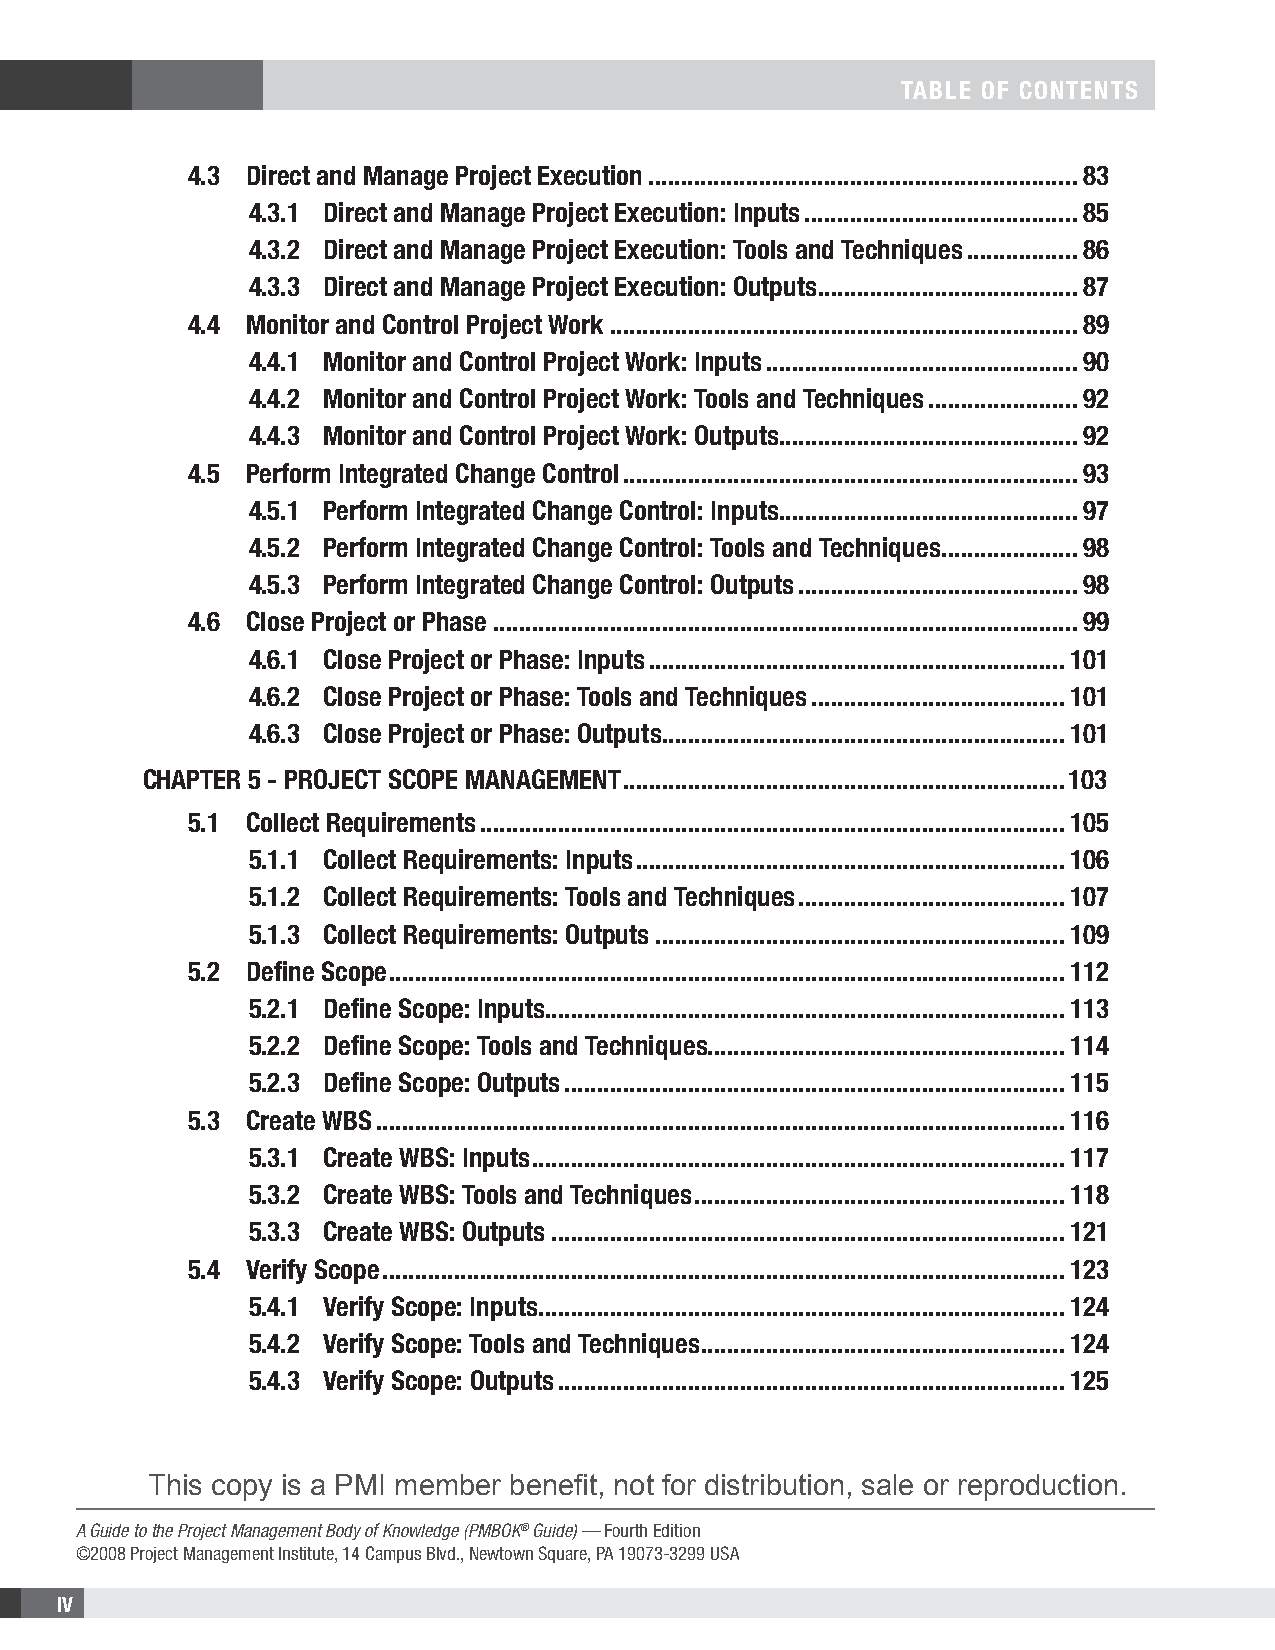
taBLe of contentS
 4.3 direct and Manage Project execution ..................................................................83
 4.3.1 direct and Manage Project execution: Inputs ..........................................85
 4.3.2 direct and Manage Project execution: tools and techniques .................86
 4.3.3 direct and Manage Project execution: outputs ........................................87
 4.4 Monitor and control Project work ........................................................................89
 4.4.1 Monitor and control Project work: Inputs ................................................90
 4.4.2 Monitor and control Project work: tools and techniques .......................92
 4.4.3 Monitor and control Project work: outputs ..............................................92
 4.5 Perform Integrated change control ......................................................................93
 4.5.1 Perform Integrated change control: Inputs ..............................................97
 4.5.2 Perform Integrated change control: tools and techniques .....................98
 4.5.3 Perform Integrated change control: outputs ...........................................98
 4.6 close Project or Phase ..........................................................................................99
 4.6.1 close Project or Phase: Inputs ................................................................101
 4.6.2 close Project or Phase: tools and techniques .......................................101
 4.6.3 close Project or Phase: outputs ..............................................................101
 chaPter 5 - Project ScoPe ManageMent ....................................................................103
 5.1 collect requirements ..........................................................................................105
 5.1.1 collect requirements: Inputs ..................................................................106
 5.1.2 collect requirements: tools and techniques .........................................107
 5.1.3 collect requirements: outputs ...............................................................109
 5.2 define Scope ........................................................................................................112
 5.2.1 define Scope: Inputs ................................................................................113
 5.2.2 define Scope: tools and techniques .......................................................114
 5.2.3 define Scope: outputs .............................................................................115
 5.3 create wBS ..........................................................................................................116
 5.3.1 create wBS: Inputs ..................................................................................117
 5.3.2 create wBS: tools and techniques .........................................................118
 5.3.3 create wBS: outputs ...............................................................................121
 5.4 Verify Scope .........................................................................................................123
 5.4.1 Verify Scope: Inputs .................................................................................124
 5.4.2 Verify Scope: tools and techniques ........................................................124
 5.4.3 Verify Scope: outputs ..............................................................................125
 This copy is a PMI member benefit, not for distribution, sale or reproduction.
 A Guide to the Project Management Body of Knowledge (PMBOK® Guide) — Fourth Edition
 ©2008 Project Management Institute, 14 Campus Blvd., Newtown Square, PA 19073-3299 USA
 IV